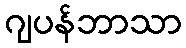
ဂျပန်ဘာသာ